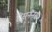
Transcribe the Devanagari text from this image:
रिसनैंनस